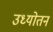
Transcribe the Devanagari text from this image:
उध्योतन